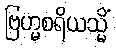
ဗြဟ္မစရိယသ္မိံ